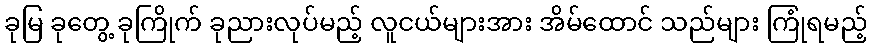
ခုမြ ခုတွေ့ ခုကြိုက် ခုညားလုပ်မည့် လူငယ်များအား အိမ်ထောင် သည်များ ကြုံရမည့်